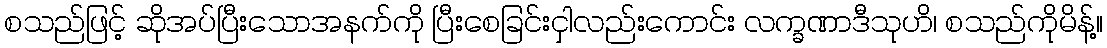
စသည်ဖြင့် ဆိုအပ်ပြီးသောအနက်ကို ပြီးစေခြင်းငှါလည်းကောင်း လက္ခဏာဒီသုဟိ၊ စသည်ကိုမိန့်။